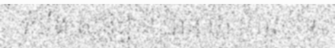
យើង សន្និដ្ឋាន បាន ថា ប្រាសាទ